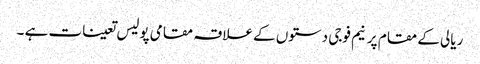
ریالی کے مقام پر نیم فوجی دستوں کے علاقہ مقامی پولیس تعینات ہے ۔